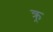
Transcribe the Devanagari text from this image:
क्र्र